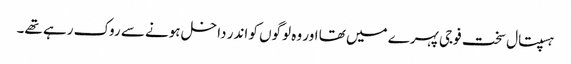
ہسپتال سخت فوجی پہرے میں تھا اور وہ لوگوں کو اندر داخل ہونے سے روک رہے تھے۔